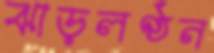
ঝাড়লণ্ঠন